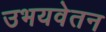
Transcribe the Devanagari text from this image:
उभयवेतन